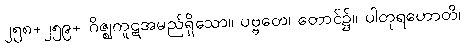
၂၅၈+၂၅၉+ ဂိဇ္ဈကူဋအမည်ရှိသော။ ပဗ္ဗတေ၊ တောင်၌။ ပါတုရဟောတိ၊